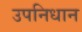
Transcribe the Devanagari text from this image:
उपनिधान